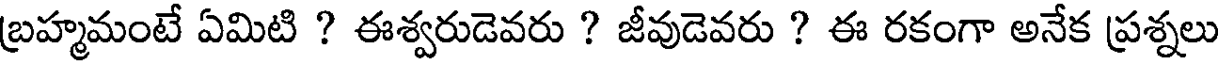
బ్రహ్మమంటే ఏమిటి ? ఈశ్వరుడెవరు ? జీవుడెవరు ? ఈ రకంగా అనేక ప్రశ్నలు